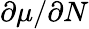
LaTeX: \partial\mu/\partial N